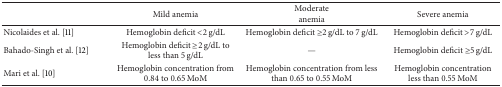
<table><thead><tr><td><b> </b></td><td><b>Mild anemia</b></td><td><b>Moderate anemia </b></td><td><b>Severe anemia </b></td></tr></thead><tbody><tr><td>Nicolaides et al. [11] </td><td>Hemoglobin deficit &lt;2 g/dL </td><td>Hemoglobin deficit ≥2 g/dL to 7 g/dL </td><td>Hemoglobin deficit &gt;7 g/dL </td></tr><tr><td>Bahado-Singh et al. [12] </td><td>Hemoglobin deficit ≥2 g/dL to less than 5 g/dL </td><td>—</td><td>Hemoglobin deficit ≥5 g/dL </td></tr><tr><td>Mari et al. [10] </td><td>Hemoglobin concentration from 0.84 to 0.65 MoM</td><td>Hemoglobin concentration from less than 0.65 to 0.55 MoM</td><td>Hemoglobin concentration less than 0.55 MoM</td></tr></tbody></table>